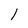
Character: 1